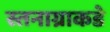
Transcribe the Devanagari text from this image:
स्तनाग्राकडे